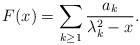
LaTeX: \begin{align*}F(x) = \sum_{k\ge1} \frac{a_k}{\lambda_k^2-x}. \end{align*}